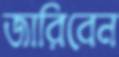
জারিবেন